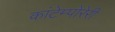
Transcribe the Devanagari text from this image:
कांटेम्पोरेरी